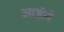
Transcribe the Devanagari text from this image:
आईनें